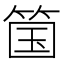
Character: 𫂆